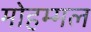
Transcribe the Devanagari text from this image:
मोहम्मल